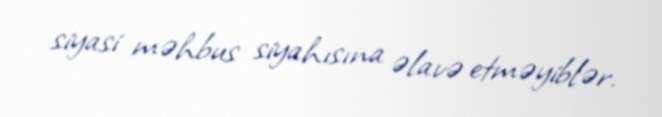
siyasi məhbus siyahısına əlavə etməyiblər.